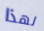
لهذا